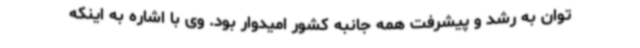
توان به رشد و پیشرفت همه جانبه کشور امیدوار بود. وی با اشاره به اینکه